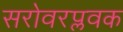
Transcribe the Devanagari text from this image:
सरोवरप्लवक